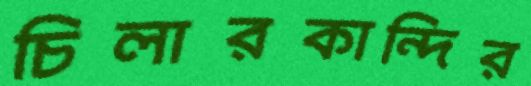
চিলারকান্দির